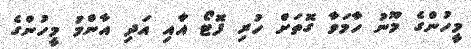
މީހުންގެ މޫނު ހާމަވާ ގޮތަށް ހުރި ފޮޓޯ އާއި އަދި އާންމު މީހުންގެ